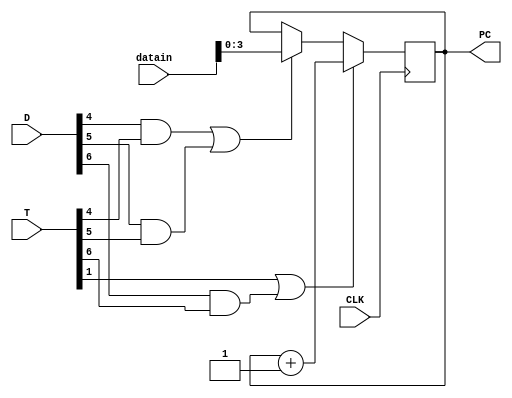
`timescale 1ns / 1ps
//////////////////////////////////////////////////////////////////////////////////
// Company: 
// Engineer: 
// 
// Design Name: 
// Module Name: program_counter
// Project Name: 
// Target Devices: 
// Tool Versions: 
// Description: 
// 
// Dependencies: 
// 
// Revision:
// Revision 0.01 - File Created
// Additional Comments:
// 
//////////////////////////////////////////////////////////////////////////////////


module program_counter(
    input CLK,
    input  [7:0]D ,
    input  [7:0] T,
    
    input  [7:0] datain,
    output reg [3:0] PC  );
   wire LD;
   wire INR;
    ///memory Y4 (.dataout(datain));
   ///operation_selecction q8(.D(D))    ;
 ///  Timer q9 (.T(T));
    assign LD=(D[4]&&T[4]) || (D[5]&&T[5]);    
    assign INR =T[1] || (D[6]&&T[6]);
    initial PC <=0;

    always @(posedge CLK) begin

        if(LD) begin
            PC <= datain;
         end
	
		if(INR) begin
			PC<= PC + 1;
	    end
	
	end
endmodule